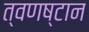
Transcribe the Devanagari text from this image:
त्वणष्टान